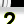
Digit: 2